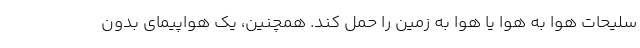
سلیحات هوا به هوا یا هوا به زمین را حمل کند. همچنین، یک هواپیمای بدون